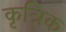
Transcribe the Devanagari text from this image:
कृत्रिक